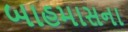
બાહમાસના